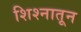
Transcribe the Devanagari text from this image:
शिश्नातून